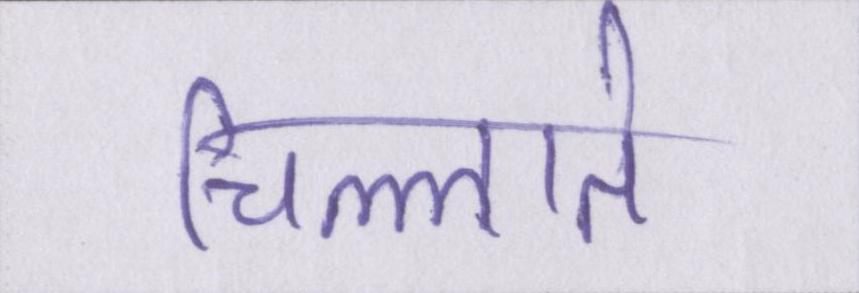
चिल्लाते